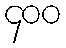
၄၀၀